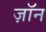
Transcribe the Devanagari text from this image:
ज़ॉन